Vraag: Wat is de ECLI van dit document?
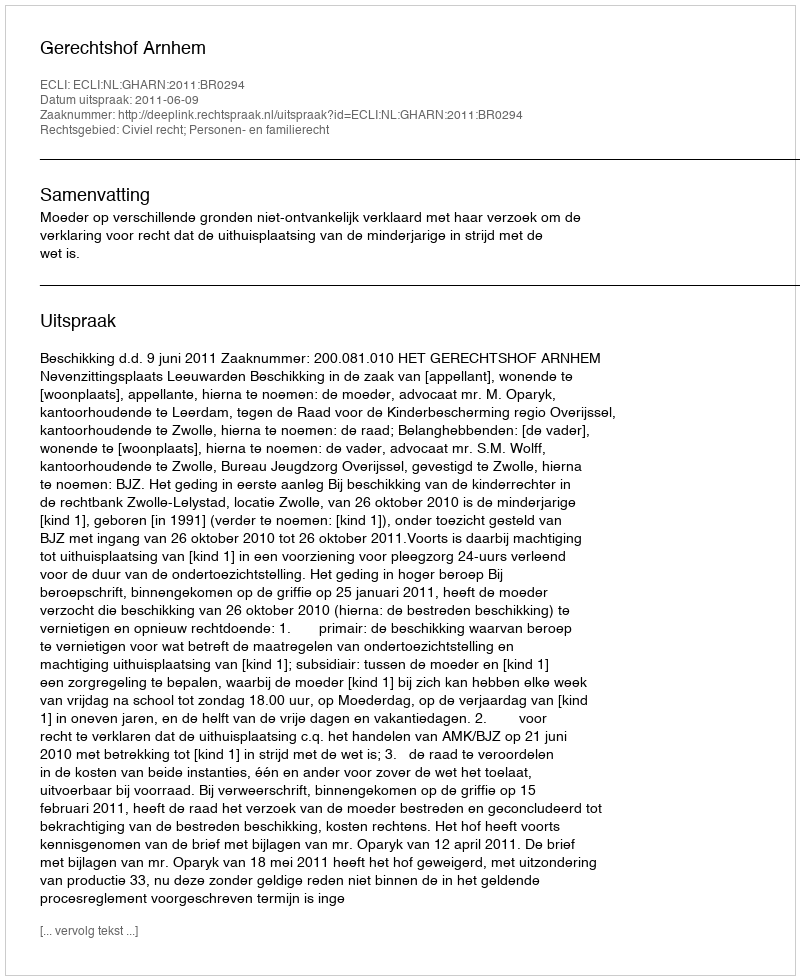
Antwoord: ECLI:NL:GHARN:2011:BR0294